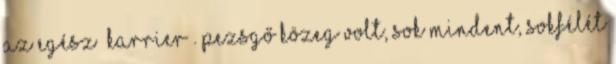
az egész “karrier”. Pezsgő közeg volt, sok mindent, sokfélét